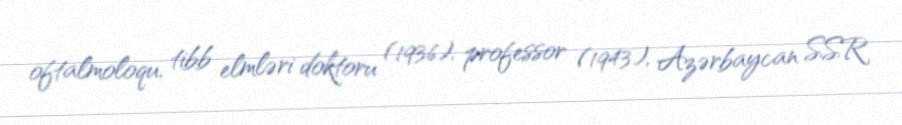
oftalmoloqu, tibb elmləri doktoru (1936), professor (1943), Azərbaycan SSR